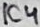
Text: IC4